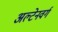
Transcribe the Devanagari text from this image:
अल्टेनवर्ग